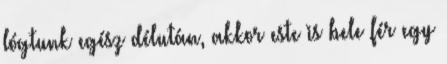
lógtunk egész délután, akkor este is bele fér egy